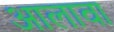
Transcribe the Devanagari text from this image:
अालावा